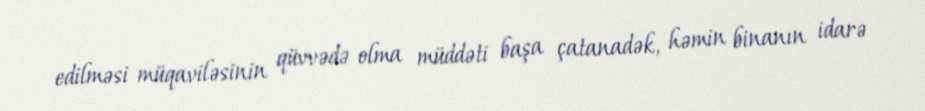
edilməsi müqaviləsinin qüvvədə olma müddəti başa çatanadək, həmin binanın idarə